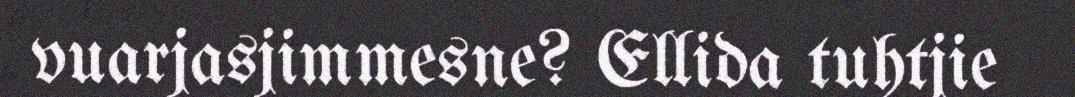
vuarjasjimmesne? Ellida tuhtjie